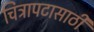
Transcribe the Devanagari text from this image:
चित्रापटासाठी